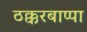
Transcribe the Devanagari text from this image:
ठक्करबाप्पा